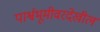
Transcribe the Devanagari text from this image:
पार्श्वभूमीवरदेखील